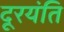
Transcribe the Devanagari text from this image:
दूरयंति